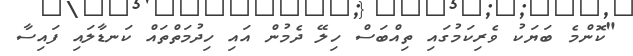
"ކޮންމެ ބަޔަކު ވެރިކަމުގައި ތިއްބަސް ހިލޭ ދެމުން އައި ހިދުމަތްތައް ކަނޑާލައި ފައިސާ